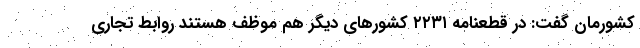
کشورمان گفت: در قطعنامه ۲۲۳۱ کشورهای دیگر هم موظف هستند روابط تجاری